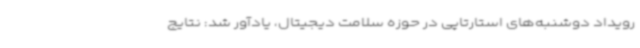
رویداد دوشنبه‌های استارتاپی در حوزه سلامت دیجیتال، یادآور شد: نتایج